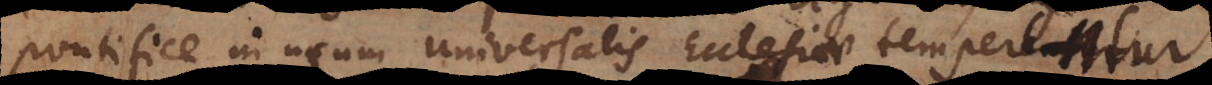
Pontifice in usum universalis Ecclesiae temperent